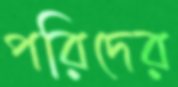
পরিদের